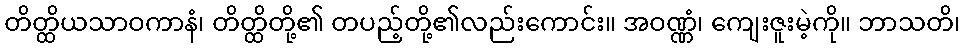
တိတ္ထိယသာဝကာနံ၊ တိတ္ထိတို့၏ တပည့်တို့၏လည်းကောင်း။ အဝဏ္ဏံ၊ ကျေးဇူးမဲ့ကို။ ဘာသတိ၊